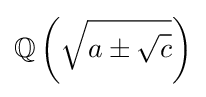
\mathbb {Q} \left({\sqrt {a\pm {\sqrt {c}}}}\right)